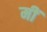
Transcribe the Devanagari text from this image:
मीं